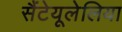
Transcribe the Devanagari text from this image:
सैंटेयूलेलिया